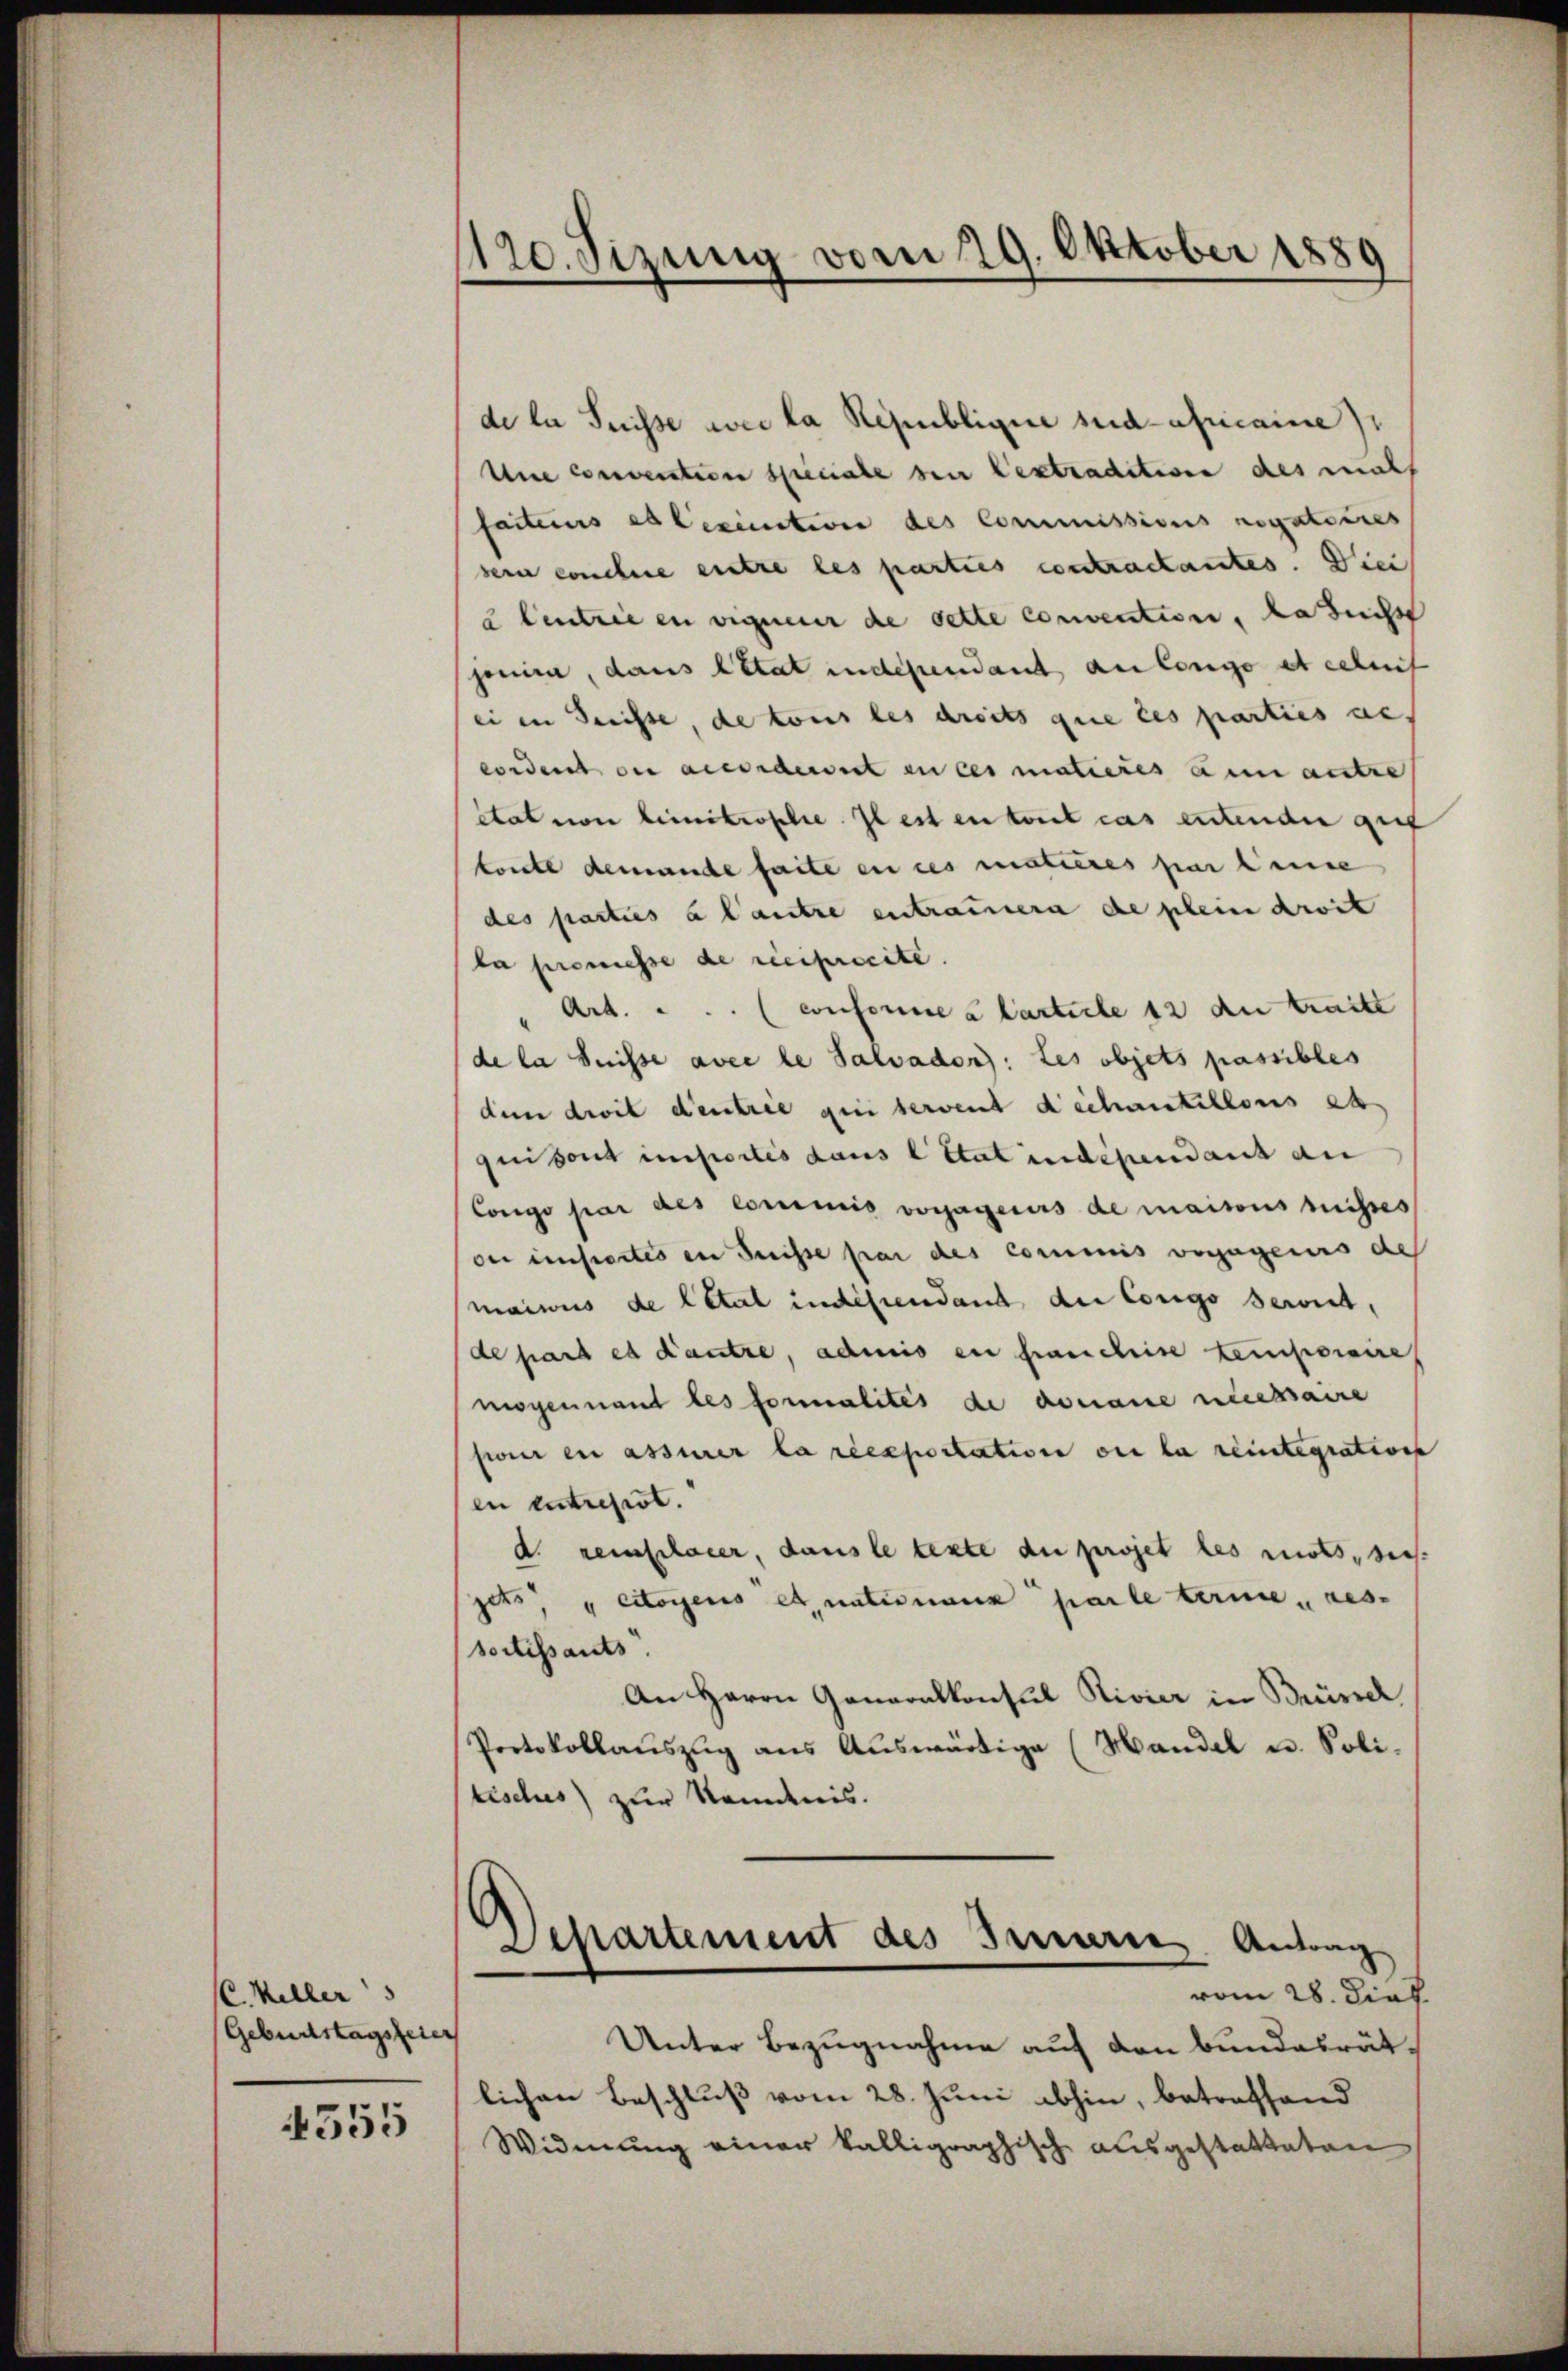
C. Keller
Geburtstagsfeier

555

1120. Sizung vom 29. Oktober 1889

de la Suisse avec la Republique suedafricaine)
Une convention speciale sein lextradition des mahl
faites et lexiction des Commissions rogatoires
sern conclure entre les parties contractantes. Die
2 Centrie en eigneur de sette convention, da sucht
jonica, dans l’état indépendant an longo et celui
ei in dreisse, de tous les droits que ces parties ac
cordent ou accorderirt in ces matieres an autre
état von beimitrophe. Il est en tout cas tutenden gut
konte demande faite en ces matières par leise
des parties à l’autre entraumern die schein droit
la promesse de reciprocité
Art.  .. (conforme à larticle 12 du traite
de la Suisse avec le Salvador): Les objets passibles
dem droit d’entrie qui servent déchantillons et
qui sont importis dans l’état indépendant an
Congo par des Commis vorjagecurs de maisons reisses
der einsiertes in Suisse par des commis verjagenes des
mainus de letal indescendant du Congo serit,
de hard es Kautre, admis ein franchise temporaire
mogennant les formalités de donaue messaire
seoir en assurer la resportation ou la reintegration
en entrepist.
d. remplacer, dans le texte du projet les rists, dies
jets, citoyens et naturanz parle terne, res-
sortissants
An Herrn Generalkonsul Rivier in Brüssel
Protokollaŭszŭg aŭs Aŭswärtige (Handel u. Poli-
tisches) zur Ramdnis.
Departement des Innern Antrag
vom 28. Diez.
Unter Bezugnahme auf den Bundesrät-
lichen Beschluß vom 28. Juni abhin, betreffend
Widmung einer kalligraphische ausgestatteten